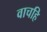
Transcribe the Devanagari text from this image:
वाचहि